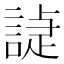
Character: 𧪌